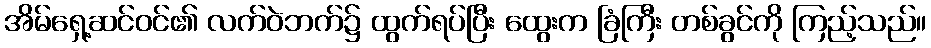
အိမ်ရှေ့ဆင်ဝင်၏ လက်ဝဲဘက်၌ ထွက်ရပ်ပြီး ထွေးက ခြံကြီး တစ်ခွင်ကို ကြည့်သည်။